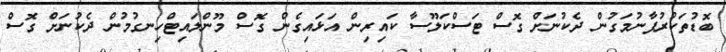
ބޮޑުތަކުރުފާނުމަގުން ދެކުނަށް ގޮސް ޓަސްކަލޫސާ ކައިރިން އަޅައިގެން ގޮސް މޫންލައިޓްހިނގުމުން ދެކުނަށް ގޮސް